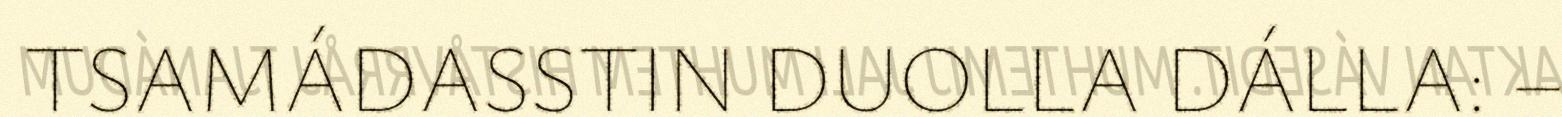
TSAMÁDASSTIN DUOLLA DÁLLA: –